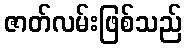
ဇာတ်လမ်းဖြစ်သည်